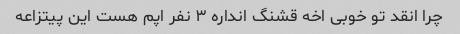
چرا انقد تو خوبی اخه قشنگ انداره ۳ نفر اپم هست این پیتزاعه